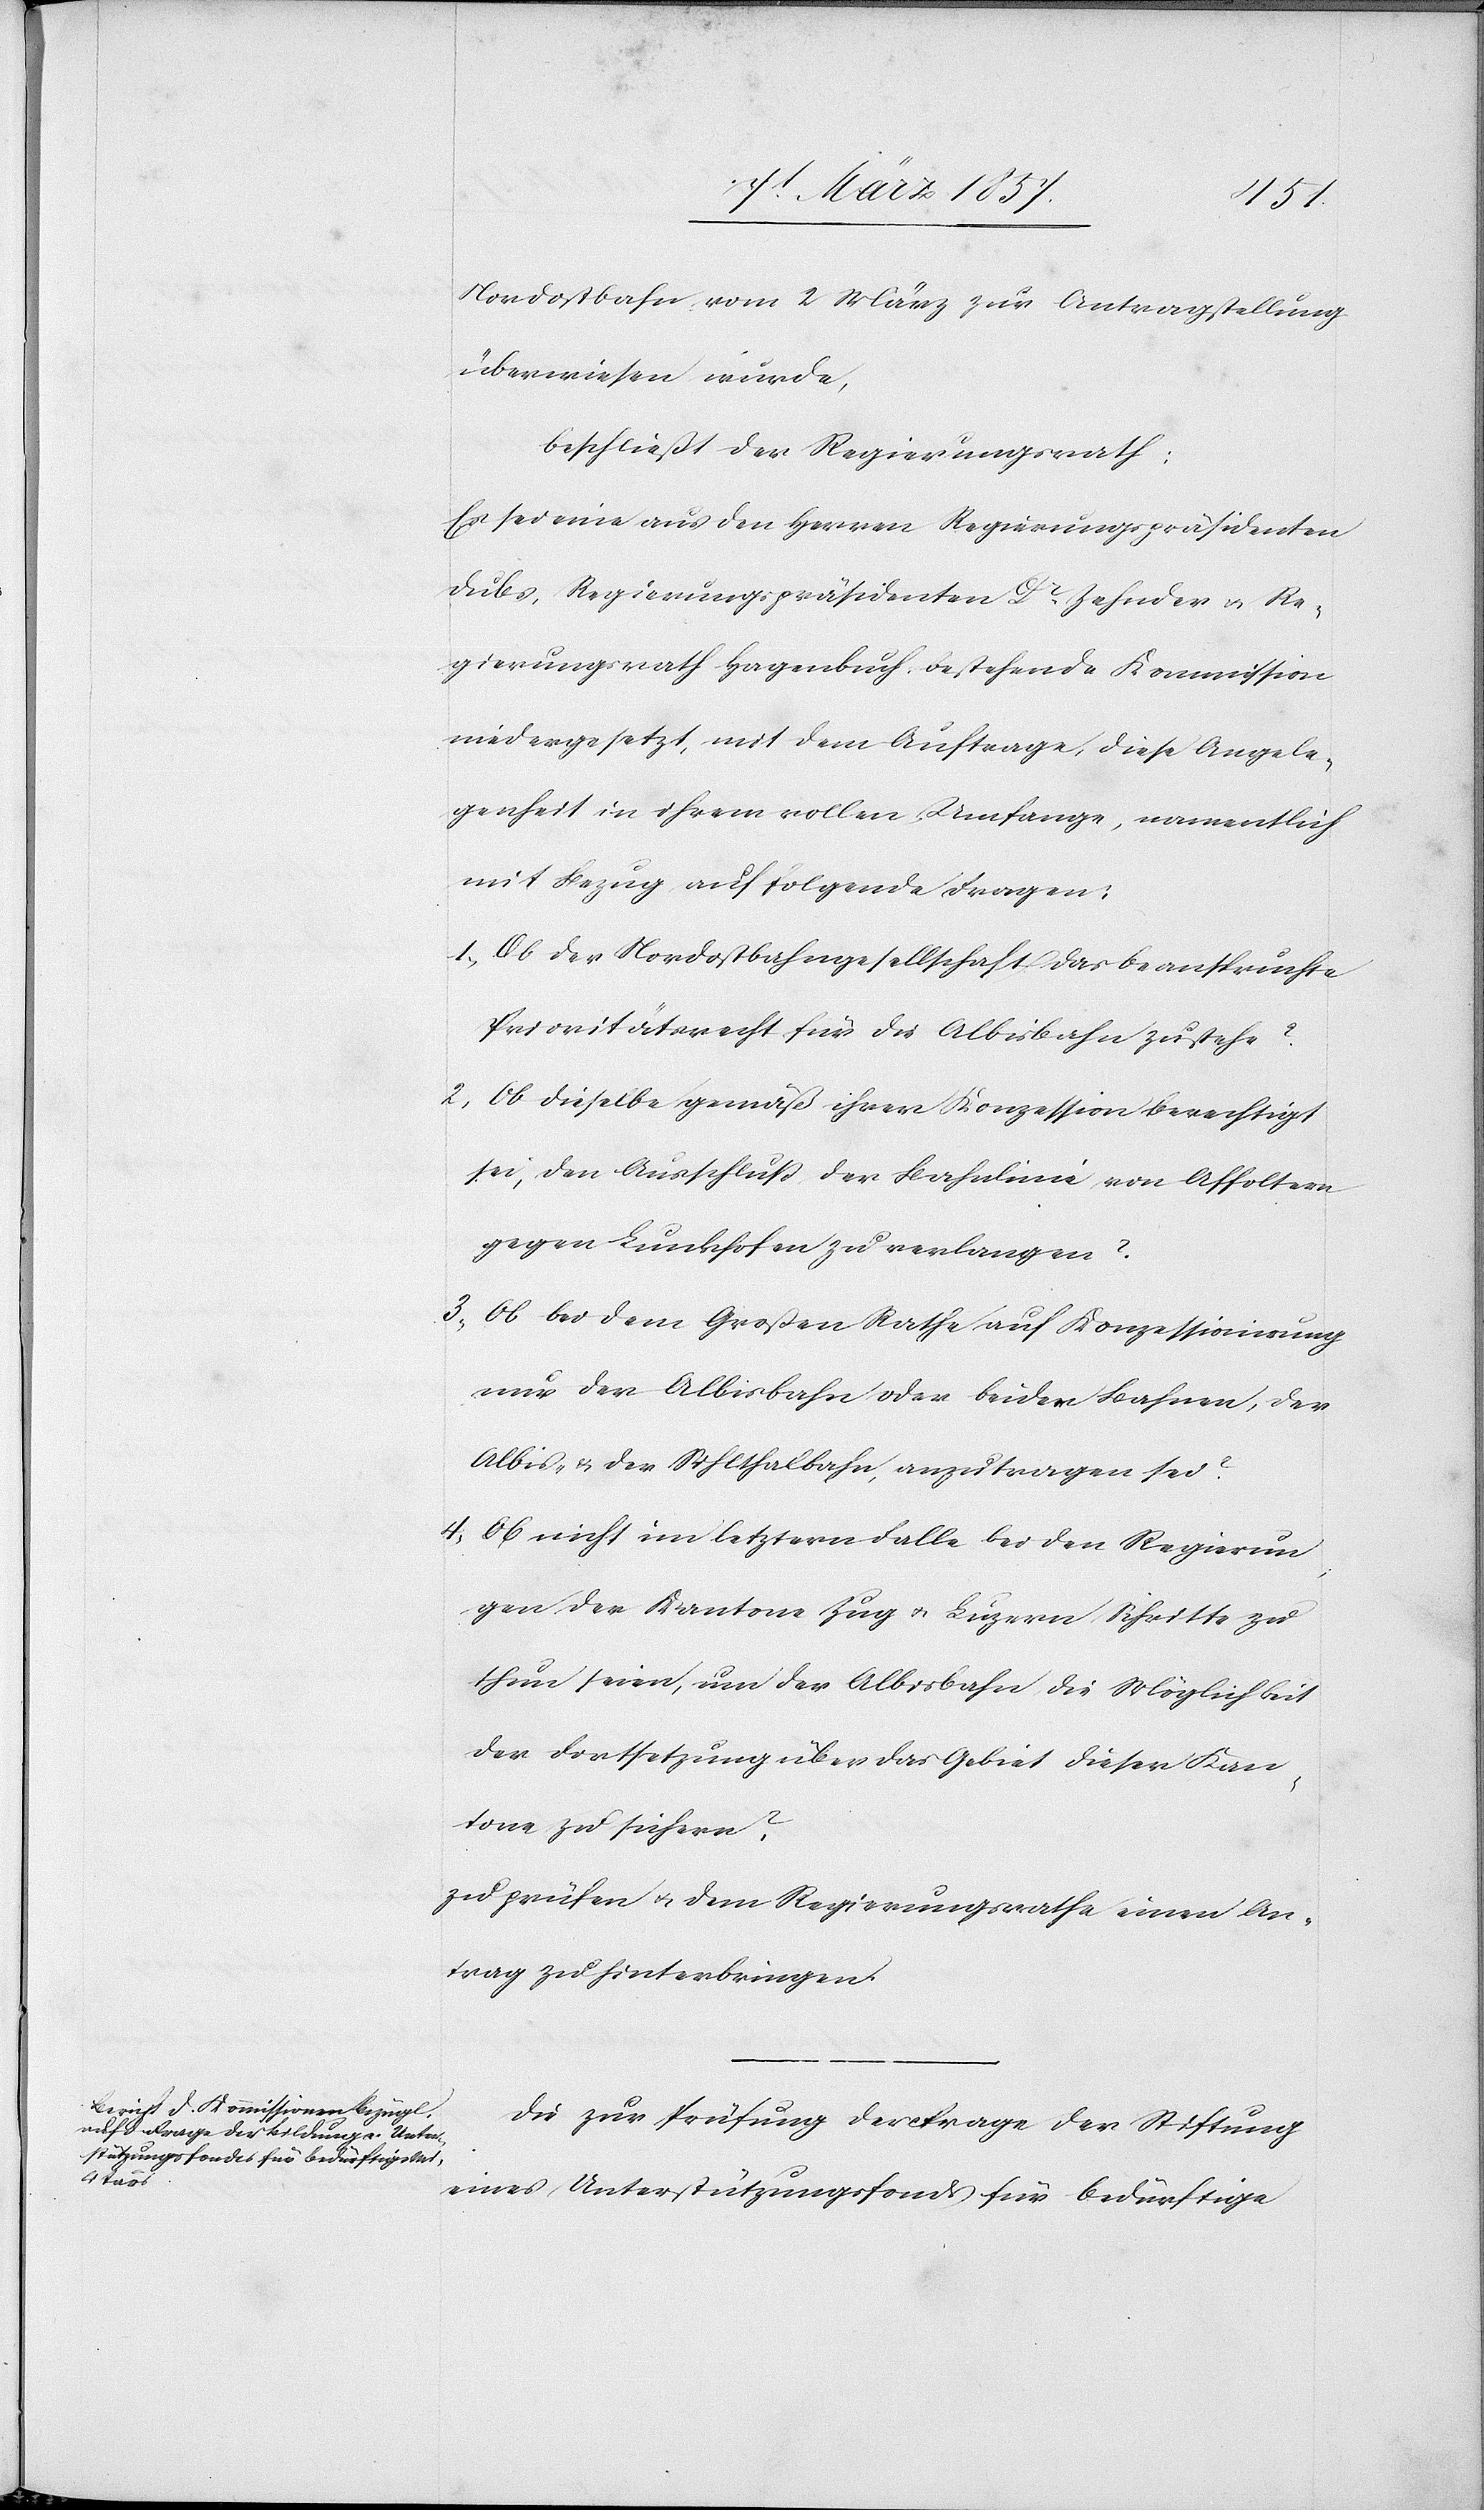
Nordostbahn vom 2 März zur Antragstellung
überwiesen wurde,
beschließt der Regierungsrath:
Es sei eine aus den Herrn Regierungspräsidenten
Dubs, Regierungspräsidenten Dr Zehnder u. Re¬
gierungsrath Hagenbuch bestehende Kommission
niedergesetzt, mit dem Auftrage, diese Angele¬
genheit in ihrem vollen Umfange, namentlich
mit Bezug auf folgende Fragen:
1. Ob der Nordostbahngesellschaft das beanspruchte
Prioritätsrecht für die Albisbahn zustehe?
2. Ob dieselbe gemäß ihrer Konzession berechtigt
sei, den Ausschluß der Bahnlinie von Affoltern
gegen Lunkhofen zu verlangen?
3. Ob bei dem Großen Rathe auf Konzessionirung
nur der Albisbahn oder beider Bahnen, der
Albis- u. der Sihlthalbahn, anzutragen sei?
4. Ob nicht im letztern Falle bei den Regierun¬
gen der Kantone Zug u. Luzern Schritte zu
thun seien, um der Albisbahn die Möglichkeit
der Fortsetzung über das Gebiet dieser Kan¬
tone zu sichern?
zu prüfen u. dem Regierungsrathe einen An¬
trag zu hinterbringen.
Die zur Prüfung der Frage der Stiftung
eines Unterstützungsfonds für bedürftige